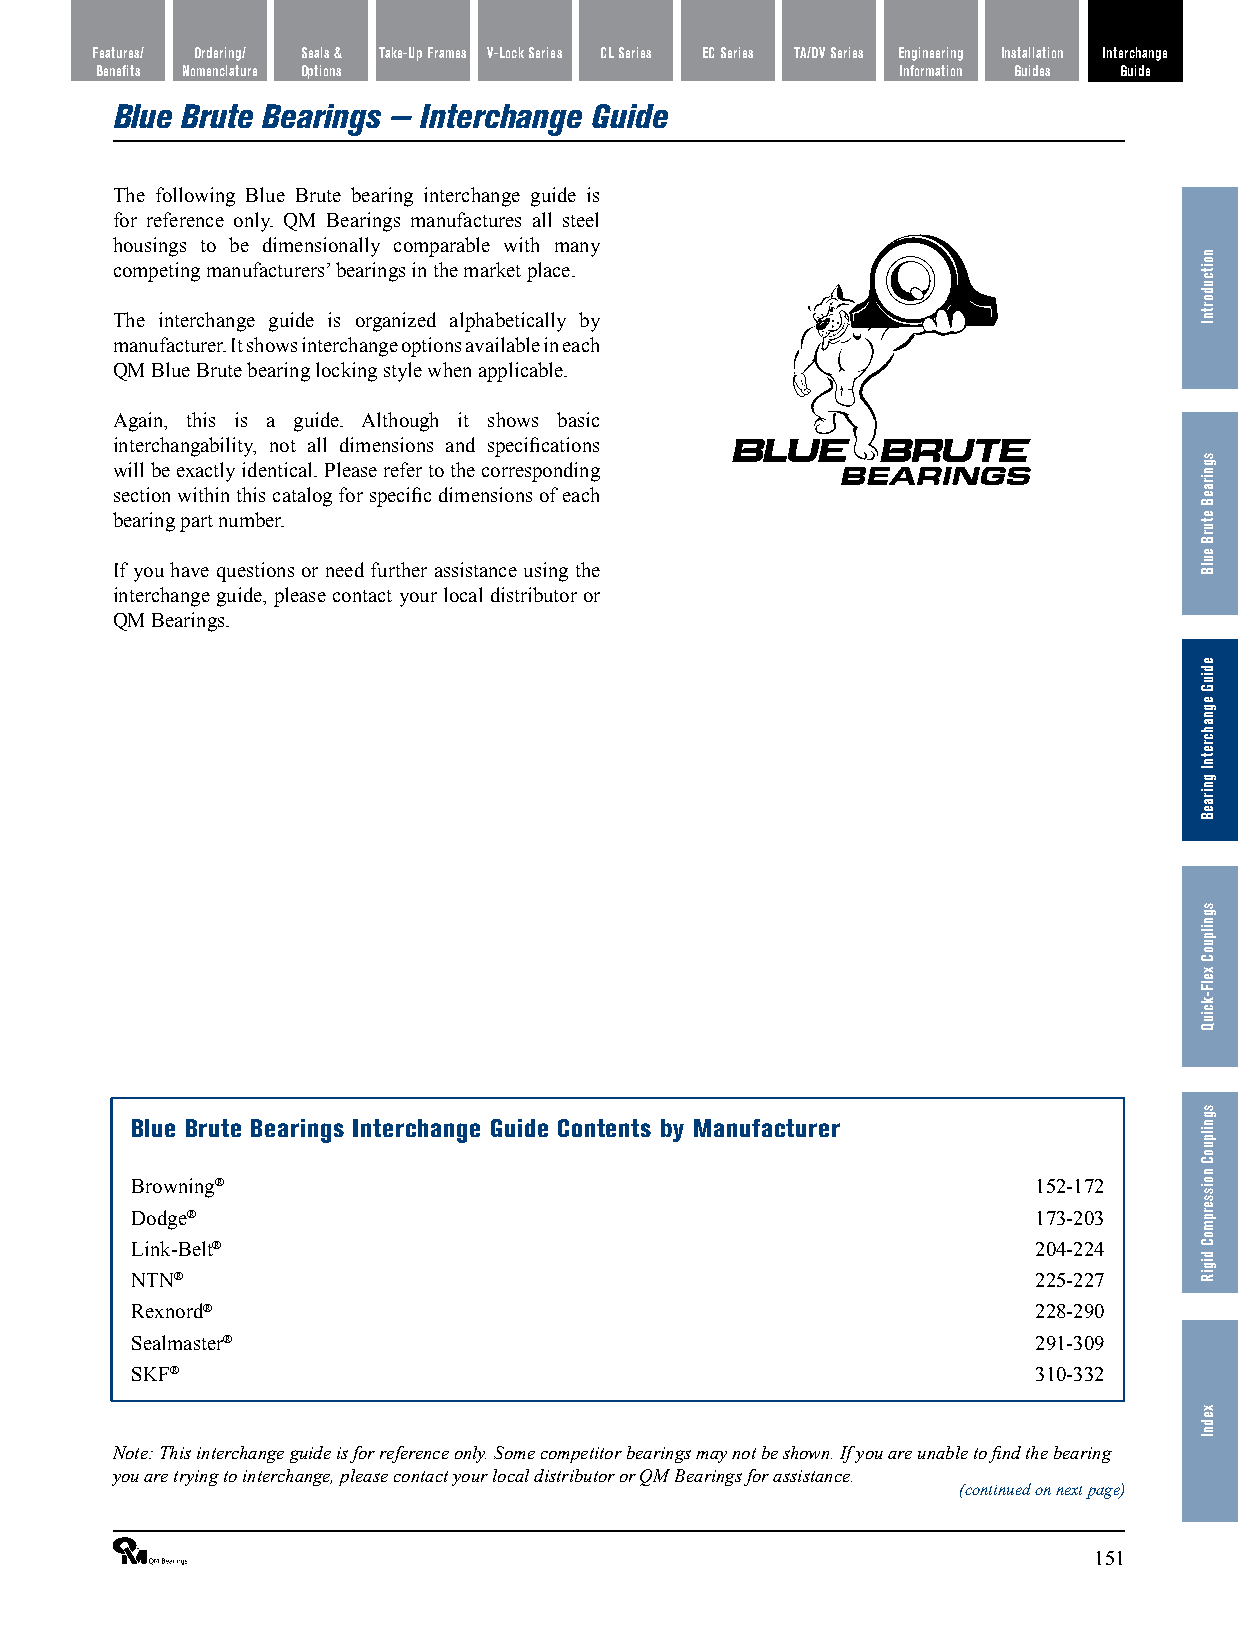
Features/ Ordering/ Seals & Take-Up Frames V-Lock Series CL Series EC Series TA/DV Series Engineering Installation Interchange
 Benefits Nomenclature Options                         Information Guides Guide
 Blue Brute Bearings — Interchange Guide
 The following Blue Brute bearing interchange guide is
 for reference only. QM Bearings manufactures all steel
 housings to be dimensionally comparable with many
 competing manufacturers’ bearings in the market place.
 The interchange guide is organized alphabetically by
 manufacturer. It shows interchange options available in each
 QM Blue Brute bearing locking style when applicable.
 Again, this is a guide. Although it shows basic
 interchangability, not all dimensions and specifications
 will be exactly identical. Please refer to the corresponding
 section within this catalog for specific dimensions of each
 bearing part number.
 If you have questions or need further assistance using the
 interchange guide, please contact your local distributor or
 QM Bearings.
 Blue Brute Bearings Interchange Guide Contents by Manufacturer
 Browning®                                                   152-172
 Dodge®                                                      173-203
 Link-Belt®                                                  204-224
 NTN®                                                        225-227
 Rexnord®                                                    228-290
 Sealmaster®                                                 291-309
 SKF®                                                        310-332
 Note: This interchange guide is for reference only. Some competitor bearings may not be shown. If you are unable to find the bearing
 you are trying to interchange, please contact your local distributor or QM Bearings for assistance.
 (continued on next page)
 ®                                                              151
 noitcudortnI
 sgniraeB
 eturB
 eulB
 ediuG
 egnahcretnI
 gniraeB
 sgnilpuoC
 xelF-kciuQ
 sgnilpuoC
 noisserpmoC
 digiR
 xednI